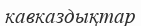
кавказдықтар